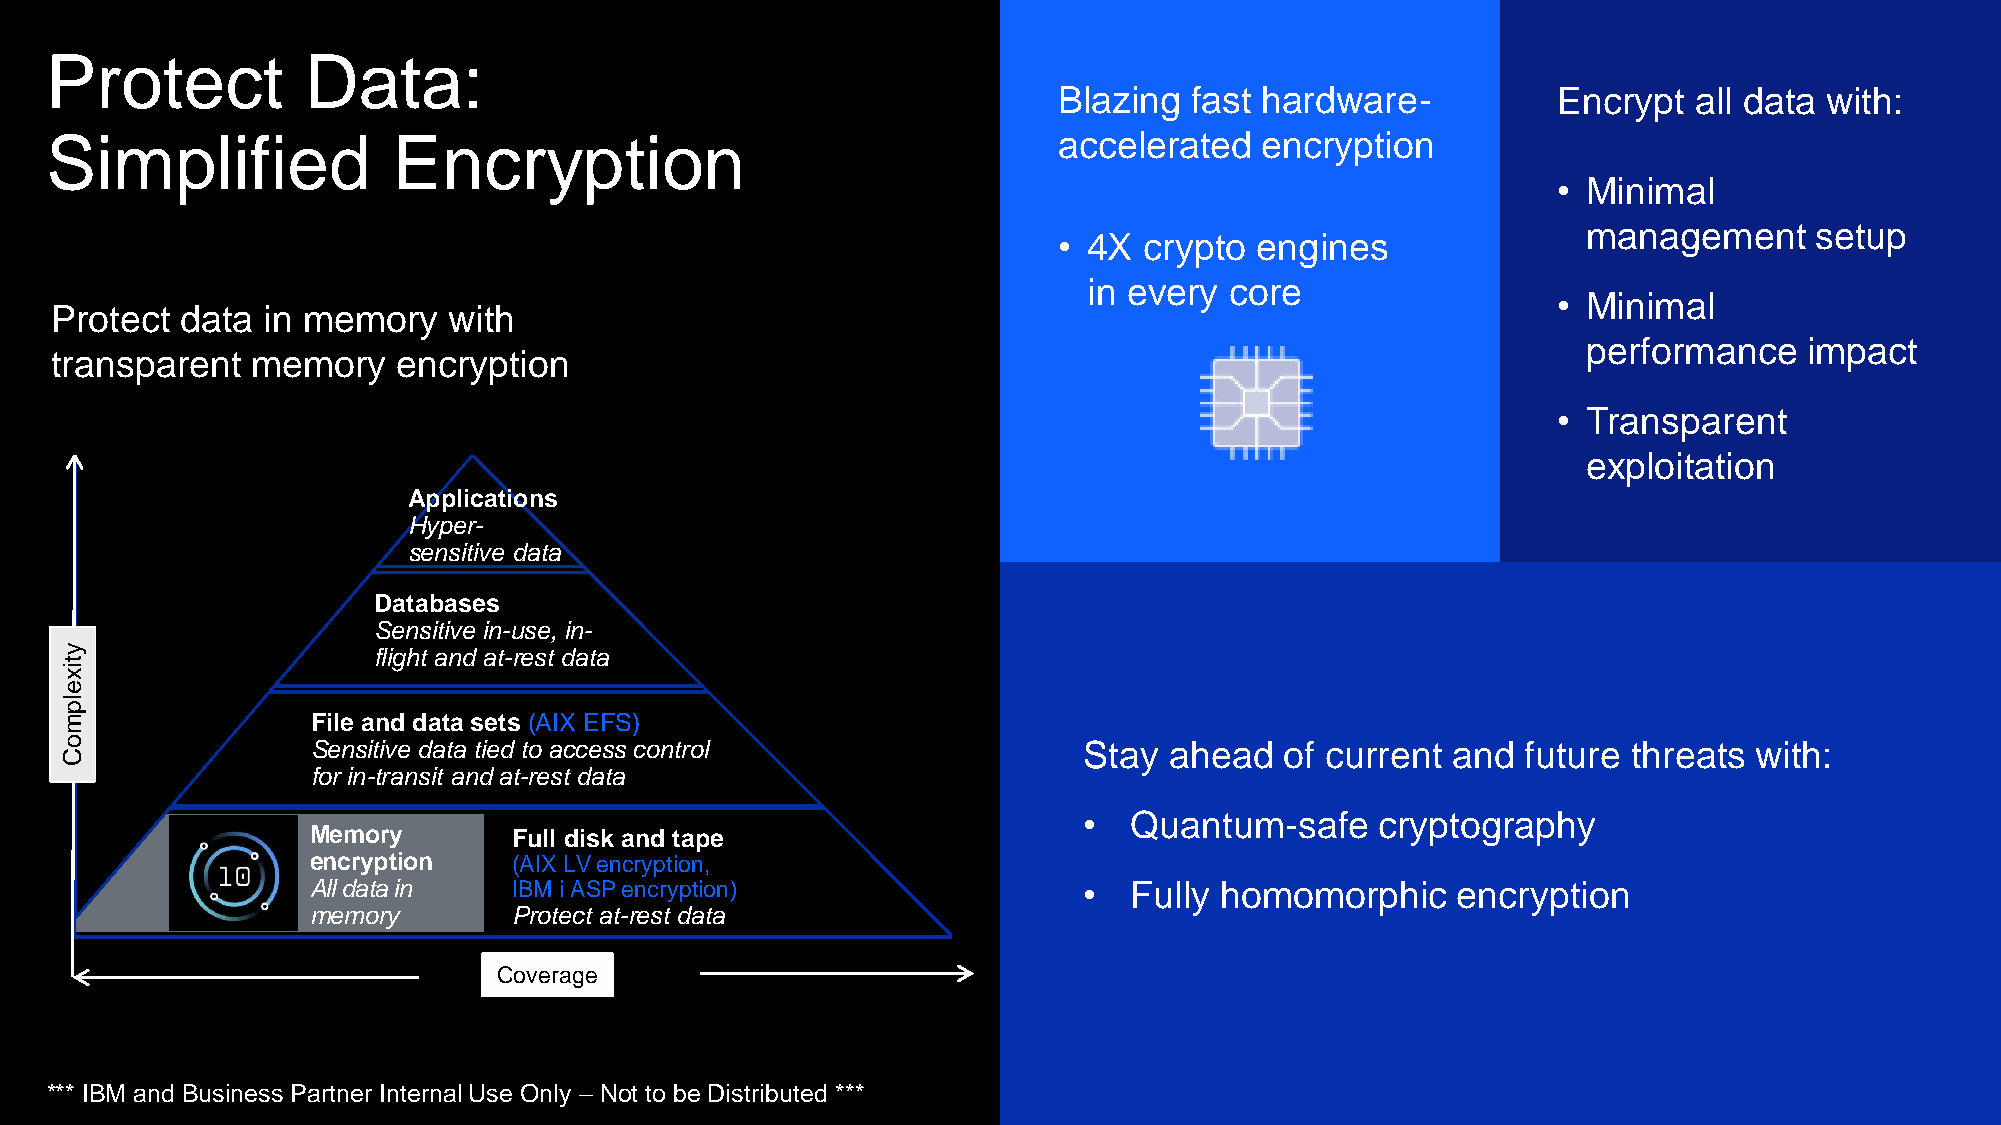
Protect          Data:
 Blazing  fast hardware-          Encrypt  all data with:
 Simplified             Encryption                                  accelerated  encryption
 • Minimal
 management     setup
 • 4X  crypto engines
 in every core
 • Minimal
 Protect  data in memory    with
 performance    impact
 transparent   memory   encryption
 • Transparent
 exploitation
 Applications
 Hyper-
 sensitive data
 Databases
 Sensitive in-use, in-
 y                    flight and at-rest data
 t
 ix
 e
 lp
 m                File and data sets (AIX EFS)
 o                Sensitive data tied to access control              Stay ahead   of current and  future threats with:
 C
 for in-transit and at-rest data
 •  Quantum-safe    cryptography
 Memory        Full disk and tape
 encryption    (AIX LV encryption,
 All data in   IBM i ASP encryption)                 •  Fully homomorphic    encryption
 memory        Protect at-rest data
 Coverage
 *** IBM and Business Partner Internal Use Only – Not to be Distributed ***